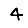
Digit: 4